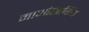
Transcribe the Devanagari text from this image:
माओशासित